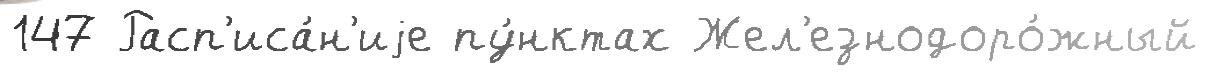
147 Расп'иса́н'иjе пу́нктах Жел'езнодоро́жный